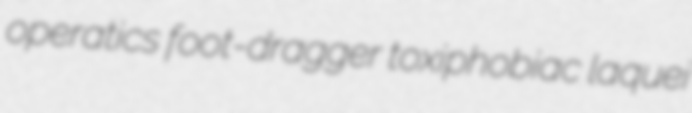
operatics foot-dragger toxiphobiac laquei